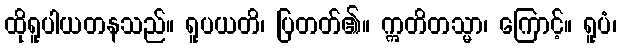
ထိုရူပါယတနသည်။ ရူပယတိ၊ ပြတတ်၏။ ဣတိတသ္မာ၊ ကြောင့်။ ရူပံ၊